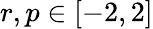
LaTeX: r,p\in[-2,2]